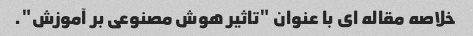
خلاصه مقاله ای با عنوان "تاثیر هوش مصنوعی بر آموزش".